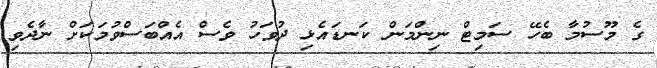
ގެ މޫސުމާ ބެހޭ ސަމިޓް ނިންމަން ކަނޑައެޅި ދުވަހު ވެސް އެއްބަސްވުމަކަށް ނާދެވި